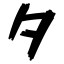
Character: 夕